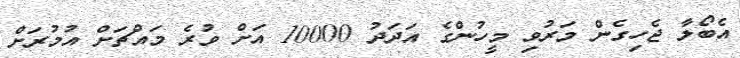
އެބޯލާ ޖެހިގެން މަރުވި މީހުންގެ އަދަދު 10000 އަށް ވުރެ މައްޗަށް އުމުރަށް